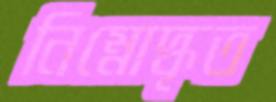
নিম্নোদ্ধৃত